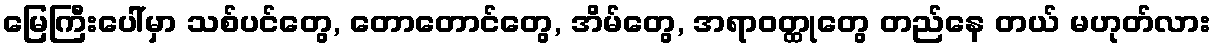
မြေကြီးပေါ်မှာ သစ်ပင်တွေ, တောတောင်တွေ, အိမ်တွေ, အရာဝတ္ထုတွေ တည်နေ တယ် မဟုတ်လား